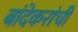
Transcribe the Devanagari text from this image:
बांदेकरांची